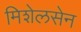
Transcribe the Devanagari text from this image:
मिशेलसेन